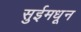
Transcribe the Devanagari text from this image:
सुईमधून